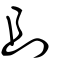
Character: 刞